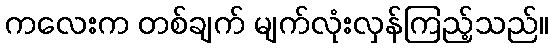
ကလေးက တစ်ချက် မျက်လုံးလှန်ကြည့်သည်။